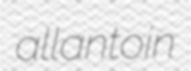
allantoin